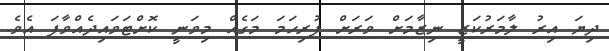
ދިޔަ އިރު ލާމަރުކަޒީ ނިޒާމަށް ވަރަށް ފުރިހަމަ މަގެއް މިވަނީ ކޮށްޓަވައިދެއްވާފަ އެވެ.